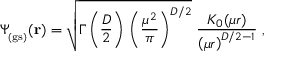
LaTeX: \Psi _ { _ \mathrm { ( g s ) } } ( { \bf r } ) = \sqrt { \Gamma \left( \frac { D } { 2 } \right) \, \left( \frac { \mu ^ { 2 } } { \pi } \right) ^ { D / 2 } } \; \frac { K _ { 0 } ( \mu r ) } { \left( \mu r \right) ^ { D / 2 - 1 } } \; ,